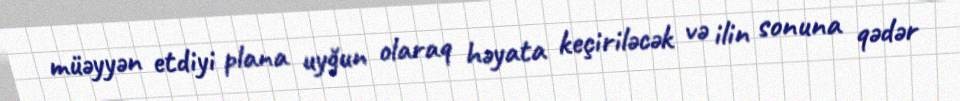
müəyyən etdiyi plana uyğun olaraq həyata keçiriləcək və ilin sonuna qədər